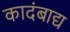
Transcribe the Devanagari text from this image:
कादंबाद्य